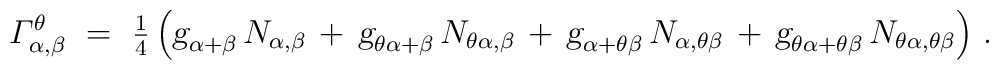
{\mit{\Gamma}}_{\alpha,\beta}^\theta~ =~{\textstyle {1 \over 4}} \,   \Bigl( \mbox{\sl g}_{\alpha+\beta} \, N_{\alpha,\beta} \, + \,          \mbox{\sl g}_{\theta\alpha+\beta} \, N_{\theta\alpha,\beta} \, + \,          \mbox{\sl g}_{\alpha+\theta\beta} \, N_{\alpha,\theta\beta} \, + \,          \mbox{\sl g}_{\theta\alpha+\theta\beta} \,                     N_{\theta\alpha,\theta\beta} \Bigr)~.